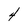
Character: 4